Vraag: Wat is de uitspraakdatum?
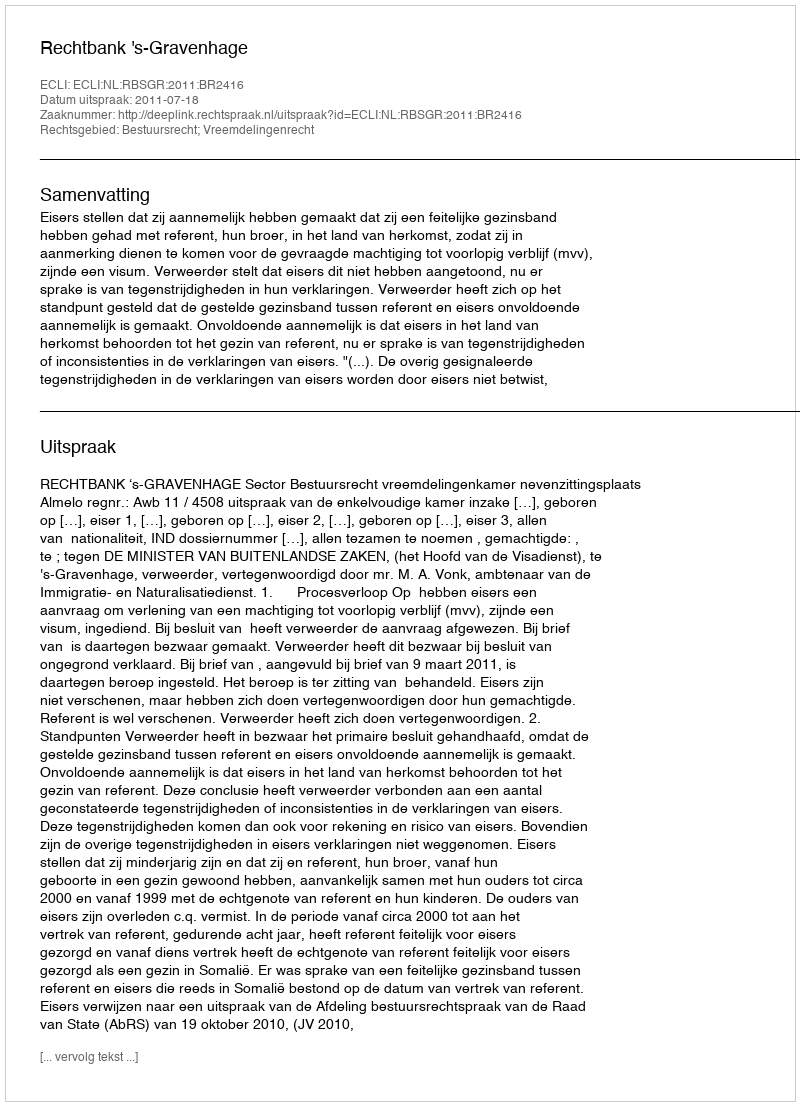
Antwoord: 2011-07-18